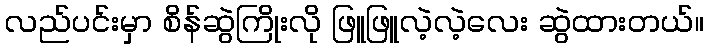
လည်ပင်းမှာ စိန်ဆွဲကြိုးလို ဖြူဖြူလဲ့လဲ့လေး ဆွဲထားတယ်။